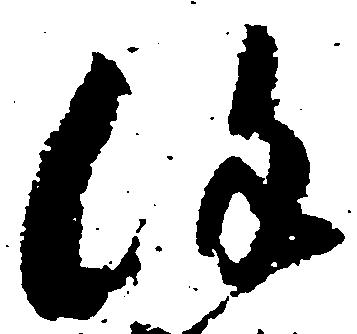
謹